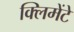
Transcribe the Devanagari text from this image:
क्लिमेंटे